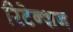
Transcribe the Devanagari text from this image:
रिटेन्शन